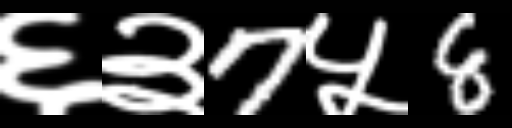
Text: ६३7५8